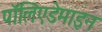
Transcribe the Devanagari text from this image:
पॉलिएडेमाइन